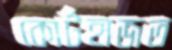
কোর্টহাজত